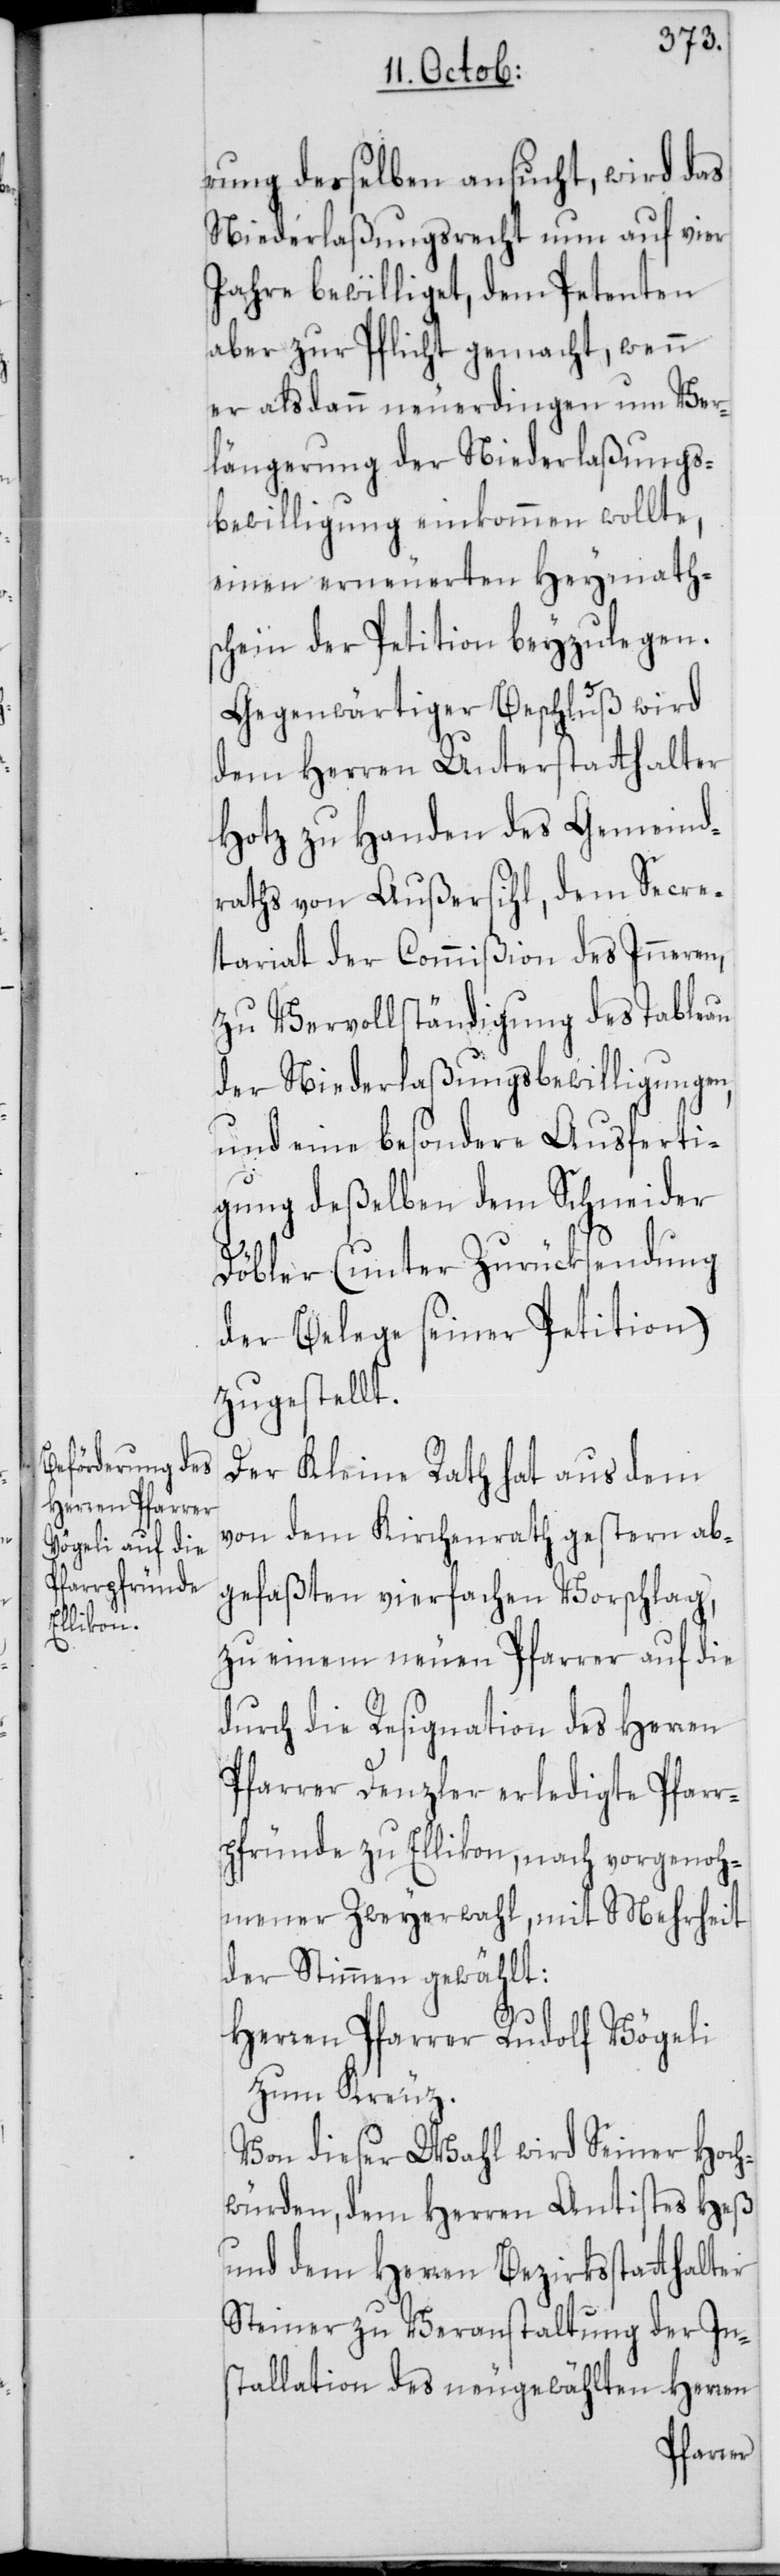
rung desselben ansucht, wird das
Niederlaßungsrecht nun auf vier
Jahre bewilliget, dem Petenten
aber zur Pflicht gemacht, wenn
er alsdann neuerdingen um Ver¬
längerung der Niederlaßungs¬
bewilligung einkommen wollte,
einen erneuerten Heymaths¬
chein der Petition beyzulegen.
Gegenwärtiger Beschluß wird
dem Herren Unterstatthalter
Hotz zu Handen des Gemeind¬
raths von Außersihl, dem Secre¬
tariat der Commißion des Inneren,
zu Vervollständigung des Tableau
der Niederlaßungsbewilligungen,
und eine besondere Ausferti¬
gung deßelben dem Schneider
Döbler (unter Zurücksendung
der Belege seiner Petition)
zugestellt.
Der Kleine Rath hat aus dem
von dem Kirchenrath gestern ab¬
gefaßten vierfachen Vorschlag,
zu einem neuen Pfarrer auf die
durch die Resignation des Herren
Pfarrer Denzler erledigte Pfarr¬
pfründe zu Ellikon, nach vorgenoh¬
mener Zweyerwahl, mit Mehrheit
der Stimmen gewählt:
Herren Pfarrer Rudolf Vögeli
zum Kreuz.
Von dieser Wahl wird Seiner Hoch¬
würden, dem Herren Antistes Heß
und dem Herren Bezirksstatthalter
Steiner zu Veranstaltung der In¬
stallation des neugewählten Herren